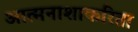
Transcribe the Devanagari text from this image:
आत्मनाशाकरिता